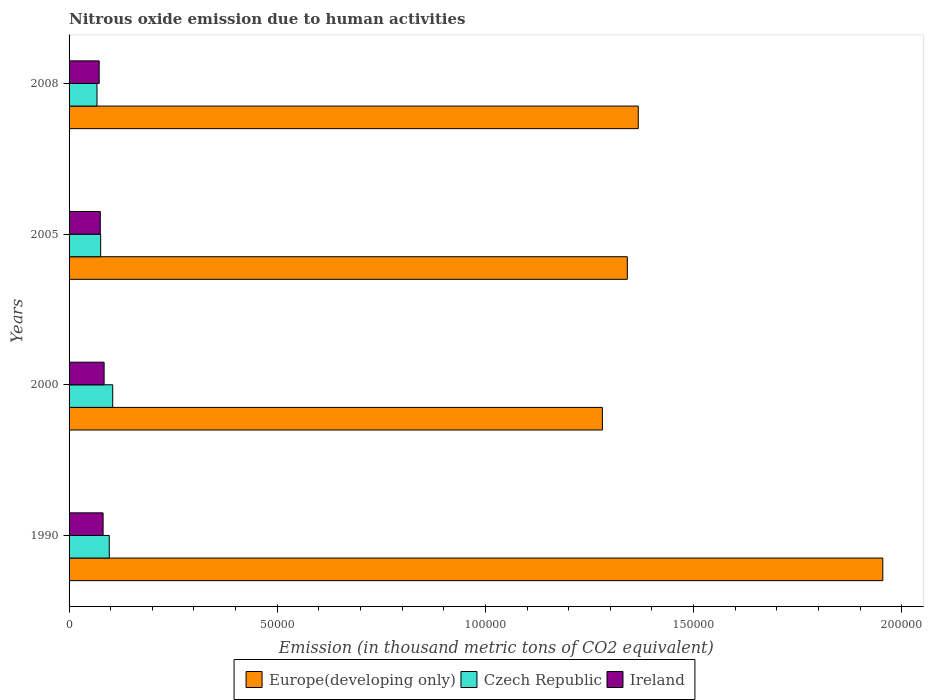
| Years | Europe(developing only) | Czech Republic | Ireland |
 | --- | --- | --- | --- |
 | 1990 | 1.95e+05 | 9.65e+03 | 8.17e+03 |
 | 2000 | 1.28e+05 | 1.05e+04 | 8.42e+03 |
 | 2005 | 1.34e+05 | 7.59e+03 | 7.5e+03 |
 | 2008 | 1.37e+05 | 6.71e+03 | 7.23e+03 |